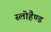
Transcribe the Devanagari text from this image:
स्लोहैण्ड